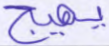
يهيج